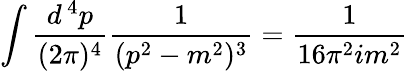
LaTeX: \int{\frac{d^{\, 4}p}{(2\pi)^{4}}}{\frac{1}{(p^{2}-m^{2})^{3}}}={\frac{1}{16\pi^{2}im^{2}}}